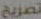
تصريح